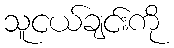
သူငယ်ချင်းကို